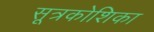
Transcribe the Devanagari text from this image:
सूत्रकोशिका